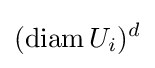
(\operatorname {diam} U_{i})^{d}